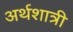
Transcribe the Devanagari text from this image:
अर्थशात्री